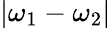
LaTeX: |\omega_{1}-\omega_{2}|